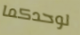
لوحدكما